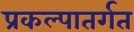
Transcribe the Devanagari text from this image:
प्रकल्पातर्गत